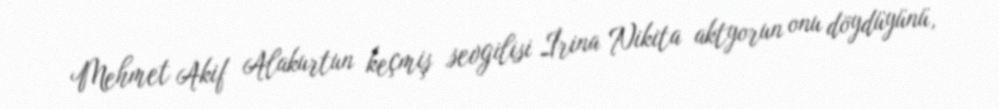
Mehmet Akif Alakurtun keçmiş sevgilisi İrina Nikita aktyorun onu döydüyünü,